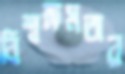
বিশ্বক্ষমতার